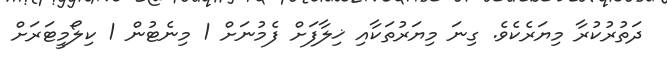
ދަތުރުކުރާ މިޔަރެކެވެ. ގިނަ މިޔަރުތަކާއި ޚިލާފަށް ފެމުނަށް 1 މިނެޓުން 1 ކިލޯމީޓަރަށް